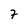
Character: 7